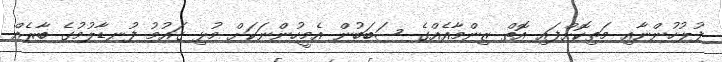
ފުލުހުންނާއި މަތިކޮށްފައި އޮތް ޒިންމާއެއްގެ ސަބަބުން އެމީހުންނަކަށް މުޅި ގައުމު ފުނޑާލުމުގެ ބާރެއް